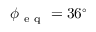
\phi _ { \mathrm { ~ e ~ q ~ } } = 3 6 ^ { \circ }